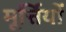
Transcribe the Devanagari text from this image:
मूर्त्तियों